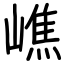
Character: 嶕